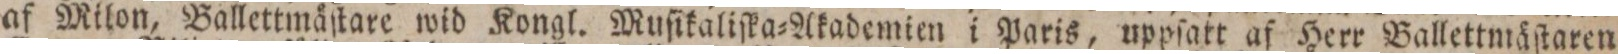
af Milon, Ballettmåſtare wid Kongl. Muſikaliſka=Akademien i Paris, uppſatt af Herr Ballettmäſtaren